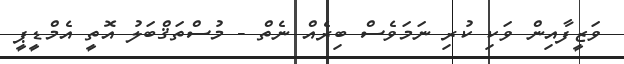
ވަޒީފާއިން ވަކި ކުރި ނަމަވެސް ބިރެއް ނެތް - މުސްތަޤްބަލު އޮތީ އެމްޑީޕީ